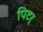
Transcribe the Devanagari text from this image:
पिटर्